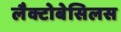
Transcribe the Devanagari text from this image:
लैक्टोबेसिलस